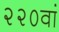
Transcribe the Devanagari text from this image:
२२०वां